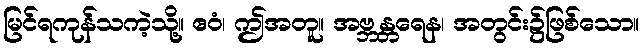
မြင်ရကုန်သကဲ့သို့။ ဧဝံ၊ ဤအတူ။ အဗ္ဘန္တရေန၊ အတွင်း၌ဖြစ်သော။